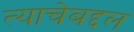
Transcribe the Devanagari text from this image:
त्याचेबद्दल